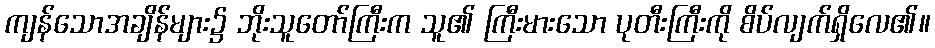
ကျန်သောအချိန်များ၌ ဘိုးသူတော်ကြီးက သူ၏ ကြီးမားသော ပုတီးကြီးကို စိပ်လျက်ရှိလေ၏။